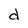
Character: d